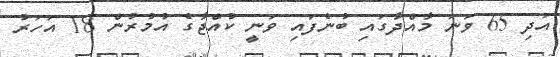
އަދި 65 ވަނަ މާއްދާގައި ބުނެފައި ވަނީ ކުއްޖާގެ އުމުރުން 18 އަހަރު